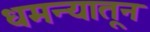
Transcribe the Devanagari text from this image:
धमन्यातून